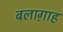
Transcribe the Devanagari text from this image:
बलाग़ाह